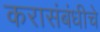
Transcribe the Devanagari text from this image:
करासंबंधीचे